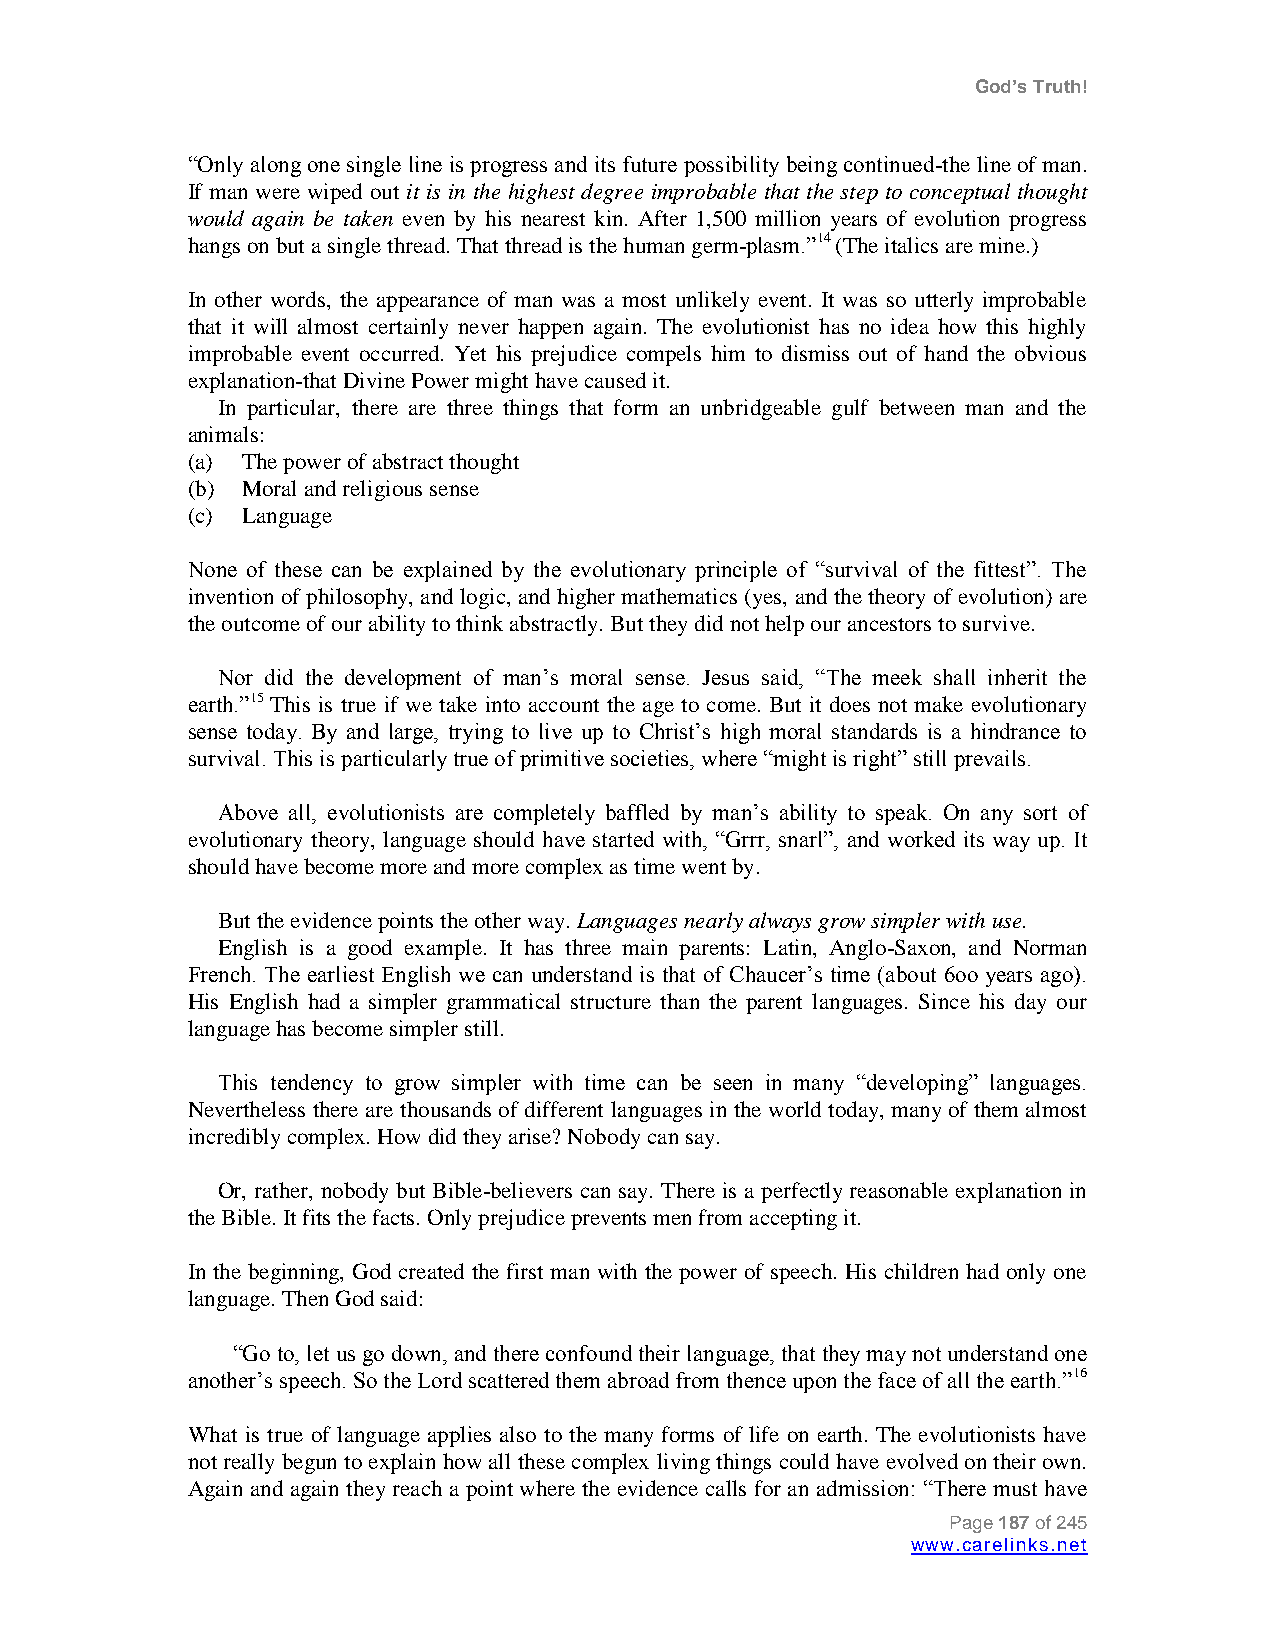
God’s Truth!
 “Only along one single line is progress and its future possibility being continued-the line of man.
 If man were wiped out it is in the highest degree improbable that the step to conceptual thought
 would again be taken even by his nearest kin. After 1,500 million years of evolution progress
 hangs on but a single thread. That thread is the human germ-plasm.”14 (The italics are mine.)
 In other words, the appearance of man was a most unlikely event. It was so utterly improbable
 that it will almost certainly never happen again. The evolutionist has no idea how this highly
 improbable event occurred. Yet his prejudice compels him to dismiss out of hand the obvious
 explanation-that Divine Power might have caused it.
 In particular, there are three things that form an unbridgeable gulf between man and the
 animals:
 (a) The power of abstract thought
 (b) Moral and religious sense
 (c) Language
 None of these can be explained by the evolutionary principle of “survival of the fittest”. The
 invention of philosophy, and logic, and higher mathematics (yes, and the theory of evolution) are
 the outcome of our ability to think abstractly. But they did not help our ancestors to survive.
 Nor did the development of man‟s moral sense. Jesus said, “The meek shall inherit the
 earth.”15 This is true if we take into account the age to come. But it does not make evolutionary
 sense today. By and large, trying to live up to Christ‟s high moral standards is a hindrance to
 survival. This is particularly true of primitive societies, where “might is right” still prevails.
 Above all, evolutionists are completely baffled by man‟s ability to speak. On any sort of
 evolutionary theory, language should have started with, “Grrr, snarl”, and worked its way up. It
 should have become more and more complex as time went by.
 But the evidence points the other way. Languages nearly always grow simpler with use.
 English is a good example. It has three main parents: Latin, Anglo-Saxon, and Norman
 French. The earliest English we can understand is that of Chaucer‟s time (about 6oo years ago).
 His English had a simpler grammatical structure than the parent languages. Since his day our
 language has become simpler still.
 This tendency to grow simpler with time can be seen in many “developing” languages.
 Nevertheless there are thousands of different languages in the world today, many of them almost
 incredibly complex. How did they arise? Nobody can say.
 Or, rather, nobody but Bible-believers can say. There is a perfectly reasonable explanation in
 the Bible. It fits the facts. Only prejudice prevents men from accepting it.
 In the beginning, God created the first man with the power of speech. His children had only one
 language. Then God said:
 “Go to, let us go down, and there confound their language, that they may not understand one
 another‟s speech. So the Lord scattered them abroad from thence upon the face of all the earth.”16
 What is true of language applies also to the many forms of life on earth. The evolutionists have
 not really begun to explain how all these complex living things could have evolved on their own.
 Again and again they reach a point where the evidence calls for an admission: “There must have
 Page 187 of 245
 www.carelinks.net